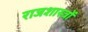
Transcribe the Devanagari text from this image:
राजशास्त्रों